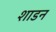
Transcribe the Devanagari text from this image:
शाडन